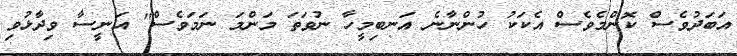
އަބަދުވެސް ކޮންމެވެސް އެކަކު ހުންނާނެ އަނބިމީހާ ނުވަތަ މަންމަ ނަމަވެސް" އަނީސާ ވިދާޅުވި